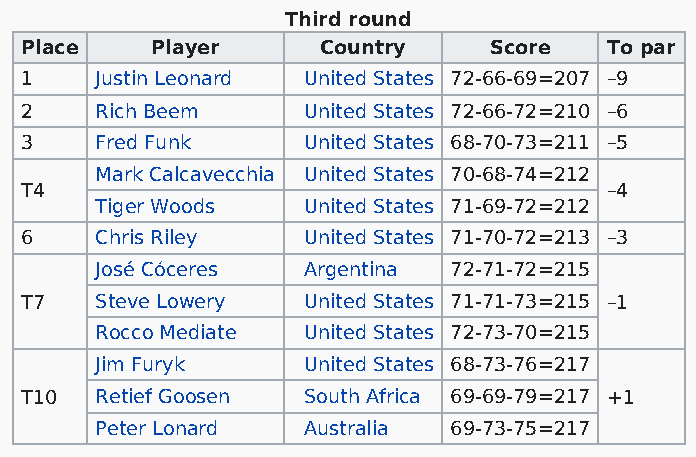
Third round
 Place    Player     Country    Score   To par
 1    Justin Leonard United States 72-66-69=207 –9
 2    Rich Beem     United States 72-66-72=210 –6
 3    Fred Funk     United States 68-70-73=211 –5
 Mark Calcavecchia United States 70-68-74=212
 T4                                     –4
 Tiger Woods   United States 71-69-72=212
 6    Chris Riley   United States 71-70-72=213 –3
 José Cóceres  Argentina 72-71-72=215
 T7   Steve Lowery  United States 71-71-73=215 –1
 Rocco Mediate United States 72-73-70=215
 Jim Furyk     United States 68-73-76=217
 T10  Retief Goosen South Africa 69-69-79=217 +1
 Peter Lonard  Australia 69-73-75=217